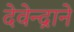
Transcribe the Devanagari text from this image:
देवेन्द्राने